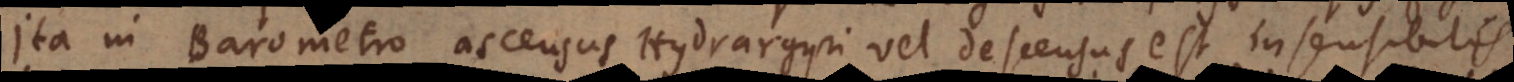
Ita in Barometro ascensus Hydrargyri vel descensus est insensibilis,